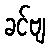
ခင်ဗျ